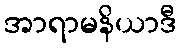
အာရာမနိယာဒီ